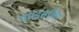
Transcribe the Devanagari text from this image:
था।इसलिए